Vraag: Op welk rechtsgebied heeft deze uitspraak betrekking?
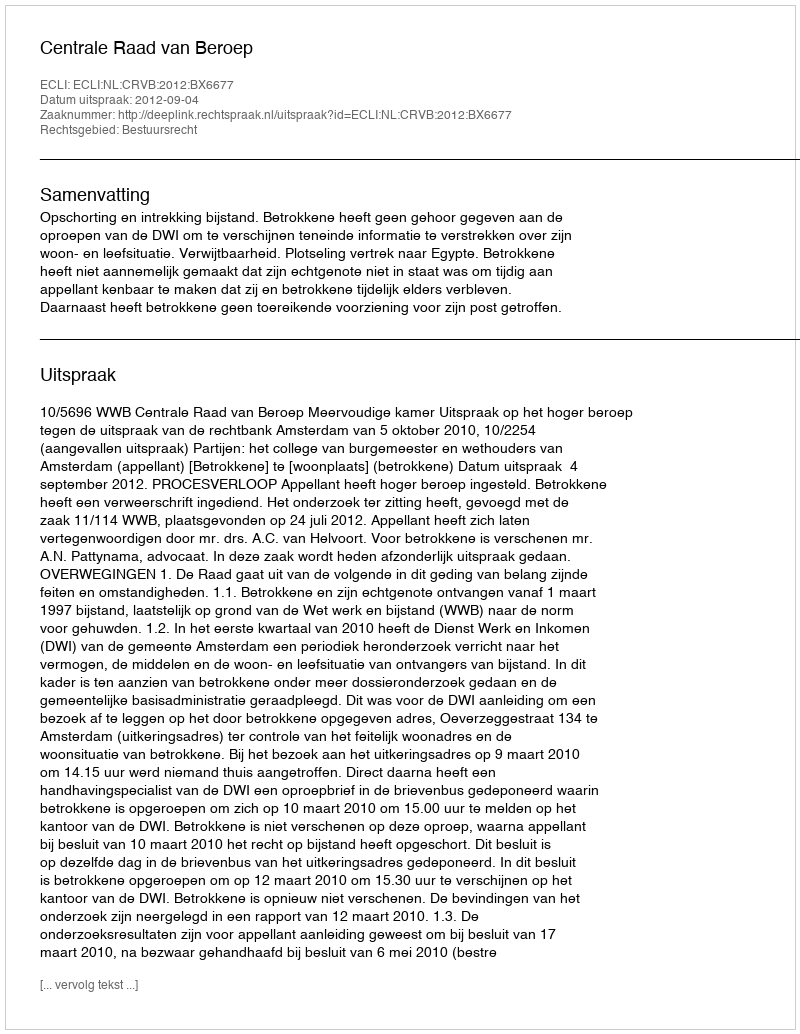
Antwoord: Bestuursrecht